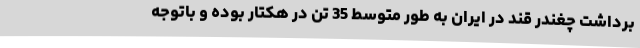
برداشت چغندر قند در ایران به طور متوسط 35 تن در هکتار بوده و باتوجه